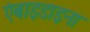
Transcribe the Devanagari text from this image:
एंबाइडाइना